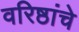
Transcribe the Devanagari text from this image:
वरिष्ठांचे